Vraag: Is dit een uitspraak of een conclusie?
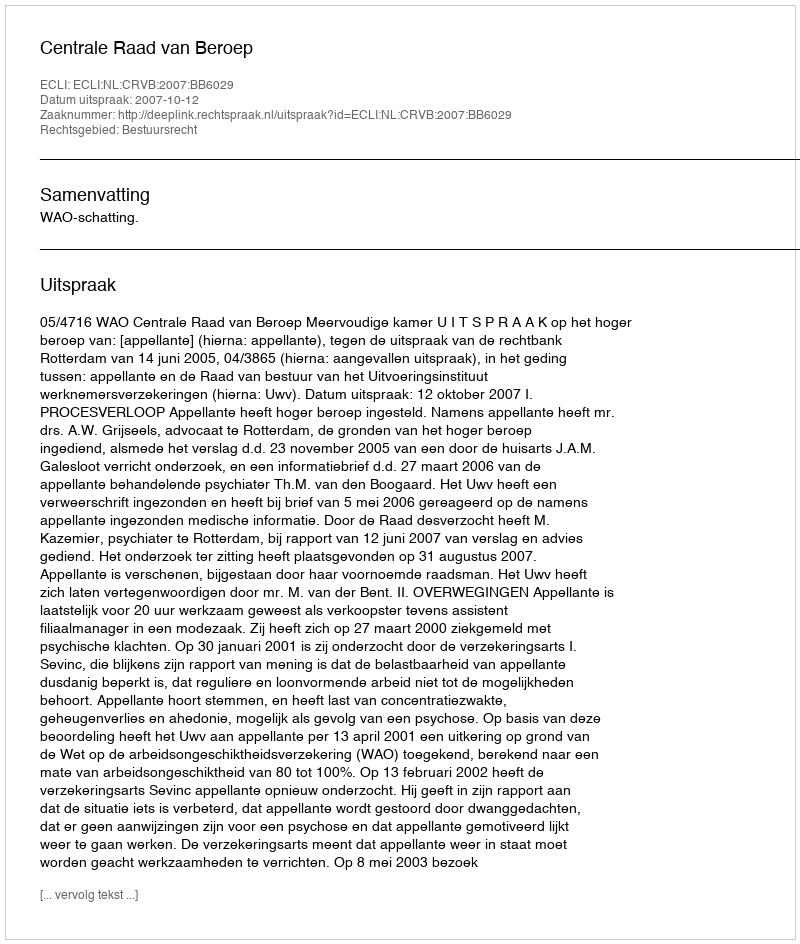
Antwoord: Uitspraak